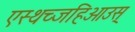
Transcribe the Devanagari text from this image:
एस्थच्जहिओउस्